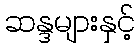
ဆန္ဒများနှင့်